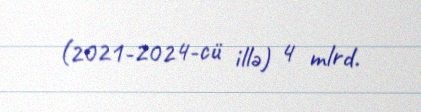
(2021-2024-cü illə) 4 mlrd.